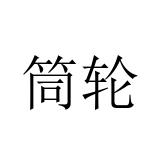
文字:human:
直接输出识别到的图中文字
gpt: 筒轮